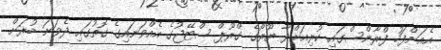
އެއަށްފަހު ފްރާންސްގައި ކުރިއަށްދާ ޔޫރޯގެ ގްރޫޕް ސްޓޭޖުގެ އެއްވަނައިގެ ގޮތުގައި ދެވަނަ ބުރަށް